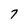
Character: 7